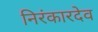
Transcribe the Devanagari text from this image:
निरंकारदेव